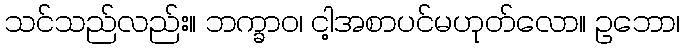
သင်သည်လည်း။ ဘက္ခာဝ၊ ငါ့အစာပင်မဟုတ်လော။ ဥဘော၊